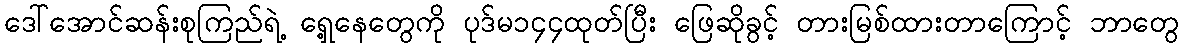
ဒေါ်အောင်ဆန်းစုကြည်ရဲ့ ရှေ့နေတွေကို ပုဒ်မ၁၄၄ထုတ်ပြီး ဖြေဆိုခွင့် တားမြစ်ထားတာကြောင့် ဘာတွေ